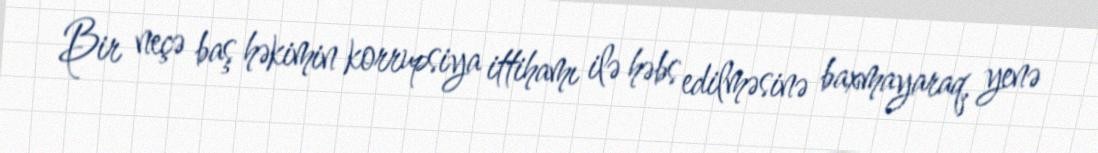
Bir neçə baş həkimin korrupsiya ittihamı ilə həbs edilməsinə baxmayaraq, yenə